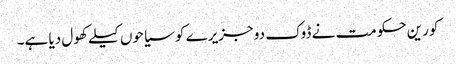
کورین حکومت نے ڈوک دو جزیرے کو سیاحوں کیلے کھول دیا ہے۔